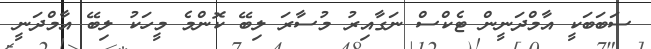
ސަބަބަކީ އާމްދަނީން ޓެކްސް ނަގާއިރު މުސާރަ ލިބޭ ކޮންމެ މީހަކު ލިބޭ އާމްދަނީ